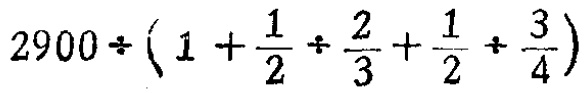
$2900\div(1 +\frac{1}{2}\div\frac{2}{3}+\frac{1}{2}\div\frac{3}{4})$